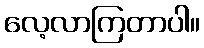
လေ့လာကြတာပါ။